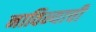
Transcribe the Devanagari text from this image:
नाविन्याची